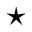
^ \star